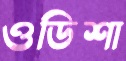
ওডিশা